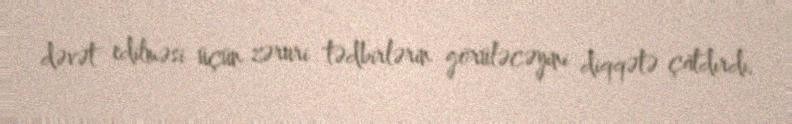
dəvət edilməsi üçün zəruri tədbirlərin görüləcəyini diqqətə çatdırdı.